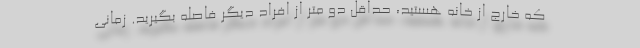
که خارج از خانه هستید، حداقل دو متر از افراد دیگر فاصله بگیرید. زمانی